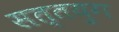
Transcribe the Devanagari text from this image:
सत्तयुग